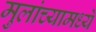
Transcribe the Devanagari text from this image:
मुलांच्यामध्ये